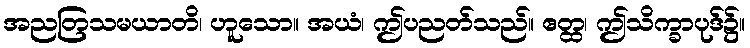
အညတြသမယာတိ၊ ဟူသော။ အယံ၊ ဤပညတ်သည်။ ဧတ္ထ၊ ဤသိက္ခာပုဒ်၌။